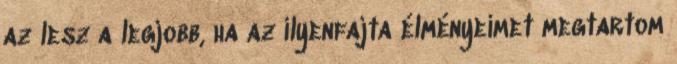
az lesz a legjobb, ha az ilyenfajta élményeimet megtartom